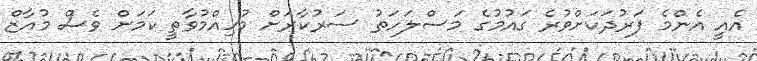
އެއީ އެންމެ ފަރުދަކަށްވުރެ ގައުމުގެ މަސްލަހަތު ސަރުކާރަށް މުހިއްމުވާތީ ކަމަށް ވެސް މުއާޒް